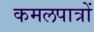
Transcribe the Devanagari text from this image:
कमलपात्रों